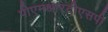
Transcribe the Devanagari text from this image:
पीएमआरटीएसपी